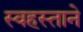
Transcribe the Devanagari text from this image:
स्वहस्ताने